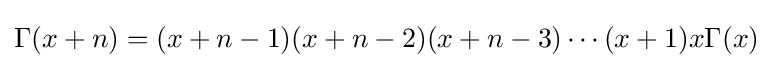
\Gamma (x+n)=(x+n-1)(x+n-2)(x+n-3)\cdots (x+1)x\Gamma (x)